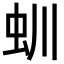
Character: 𧈶